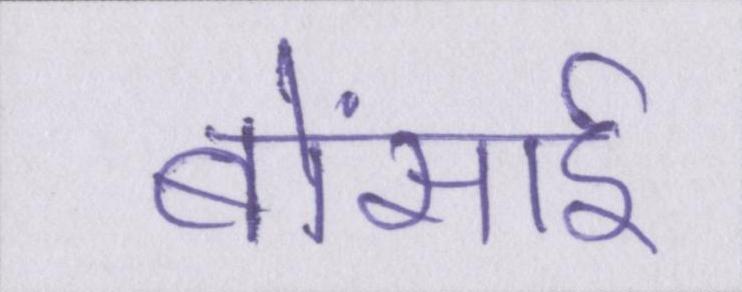
बोंसाई